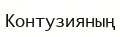
Контузияның